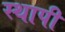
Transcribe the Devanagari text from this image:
स्थापी